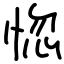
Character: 惚